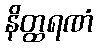
နိတ္ထရဏံ